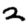
Digit: 2